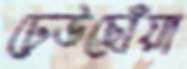
ঢেউছোঁয়া